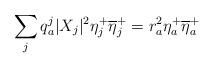
LaTeX: \begin{align*}\sum_{j}q^j_a |X_{j}|^2\eta^+_j\overline{\eta}^+_j=r^2_a\eta_a^+\overline{\eta}^+_a\end{align*}